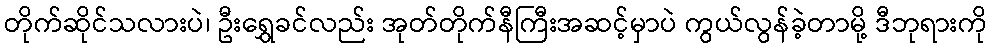
တိုက်ဆိုင်သလားပဲ၊ ဦးရွှေခင်လည်း အုတ်တိုက်နီကြီးအဆင့်မှာပဲ ကွယ်လွန်ခဲ့တာမို့ ဒီဘုရားကို